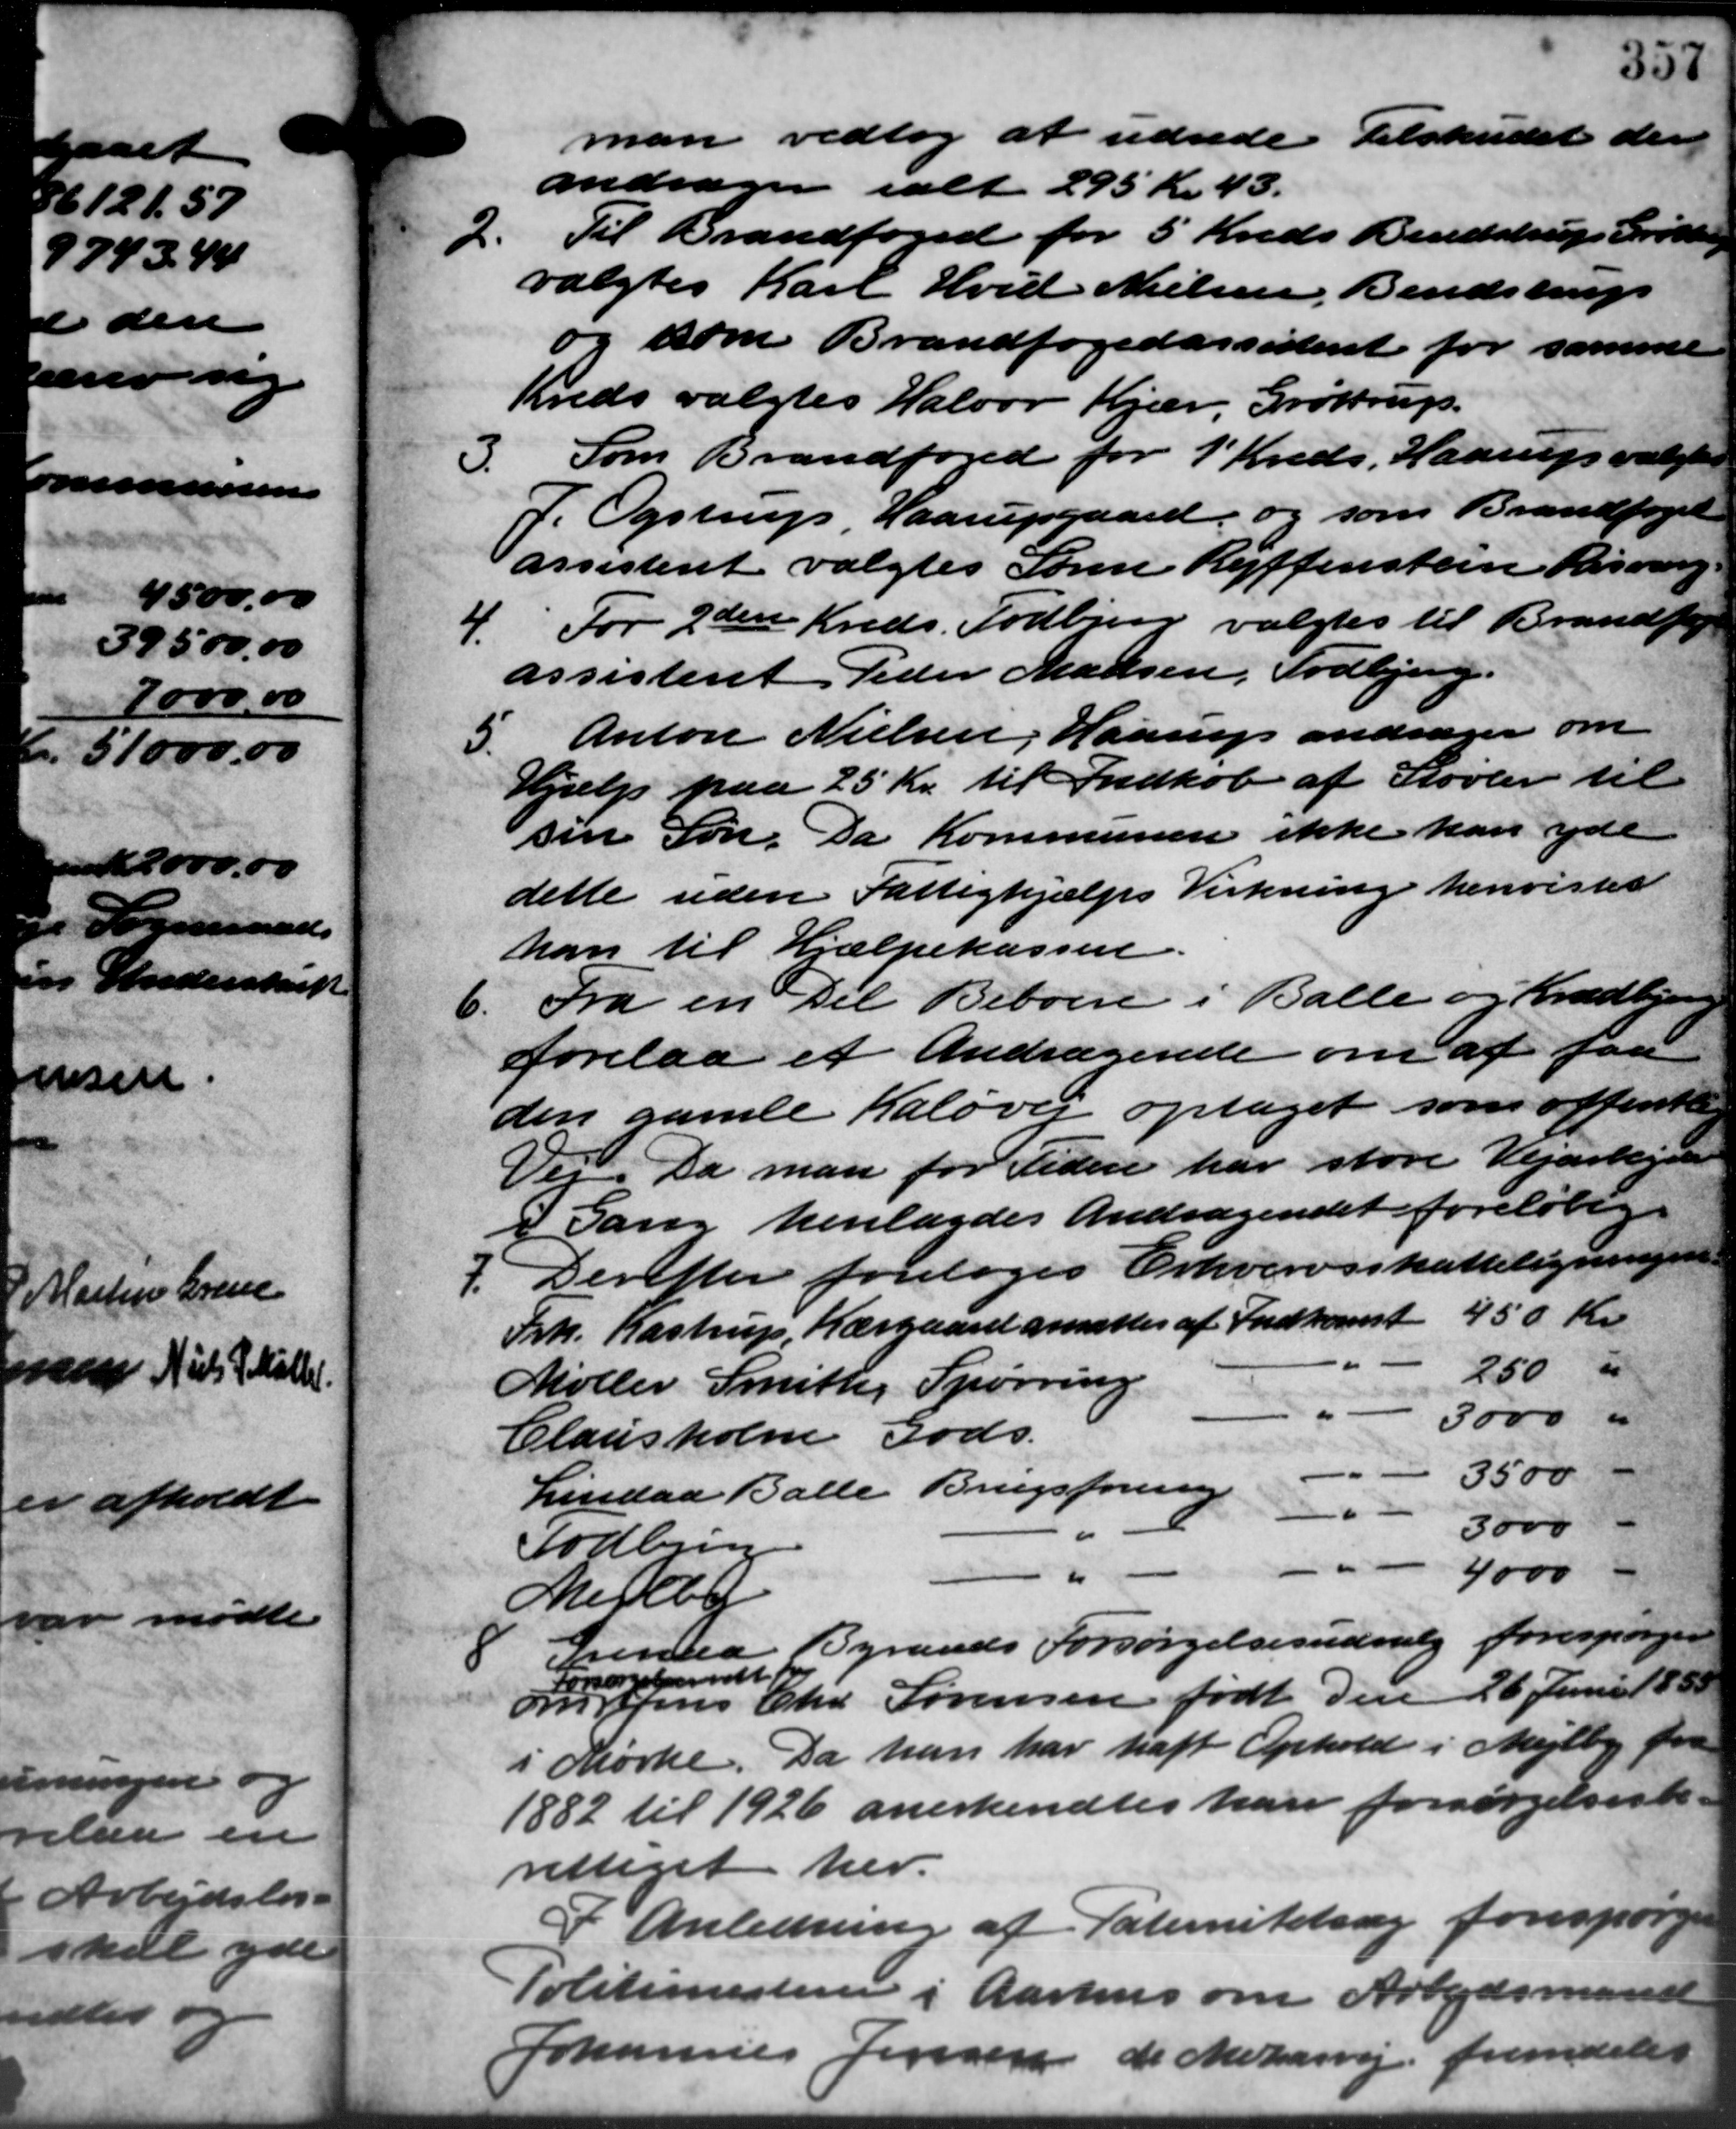
Transskription:
man vedtog at udrede Tilskudet der
andrager ialt 295 Kr. 43.
2. Til Brandfond for 5 Kreds Bendstrup Grøttel
2. Til Brandfond for 5 Kreds Bendstrup Grøttel
valgtes Karl Hvid Nielsen, Bendstrup
og som Brandfogedassisteret for samme
Kreds valgtes Halvor Kjær, Grøttrup.
3. Som Brandfoged for 1 Kreds. Haarup valgtes
3. Som Brandfoged for 1 Kreds. Haarup valgtes
P. Ogstrup Haarupgaard, og som Brandfoged
assistent valgtes Søren Reffenstein Risvang -
4. For 2den Kreds Todbjerg valgtes til Brandfoge
4. For 2den Kreds Todbjerg valgtes til Brandfoge
assistent Peder Madsen, Todbjerg.
5
Anton Nielsen, Haarup andrager om
Hjælp paa 25 Kr. til Indkøb af Støvler til
sin Søn. Da Kommunen ikke kan yde
dette uden Fattighjælps Virkning henvistes
-
han til Hjælpekassen
5. Fra en Del Beboere i Balle og Kradbjerg
5. Fra en Del Beboere i Balle og Kradbjerg
forelaa et Andragende om at faa
den gamle Kaløver optaget som offentlig
Vej. Da man for Tiden har store Vejarbejde
I Gang henlagdes Andragendet foreløbig.
7. Derefter foretoges Erhvervsskatteligningen
7. Derefter foretoges Erhvervsskatteligningen
450 Kr.
Frk. Kastrup, Kærgaard ansættes af Indkomst
250 "
Møller Smithy Spørring
3000 "
Clausholm Gods.
3500 -
Lindaa Balle Brugsforening
3000
Todbjerg
-
4000
Mejlby
Linaa Byraads Forsørgelsesudvalg forespørger

Forsørgelsendt for
om Jens Chr Sørensen født den 26 Juni 1933
i Mørke. Da han har haft Ophold i Mejlby fra
1882 til 1926 anerkendtes han forsørgelsesbe-
rettiget her.
I Anledning af Paternitetsag forespørge
Politimesteren i Aarhus om Arbejdsmand
Johannes Jensen de Mekarvej fremdeles